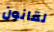
لقانون